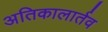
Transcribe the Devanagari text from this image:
अतिकालार्तव